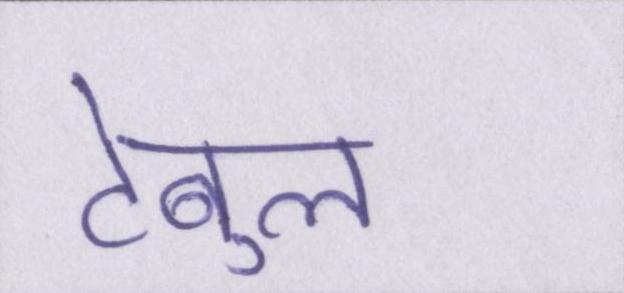
टेबुल